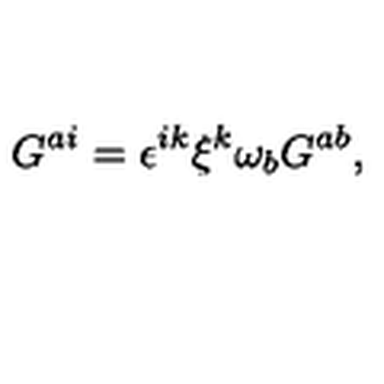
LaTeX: G ^ { a i } = \epsilon ^ { i k } \xi ^ { k } \omega _ { b } G ^ { a b } ,